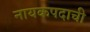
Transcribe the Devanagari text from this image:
नायकपदाची